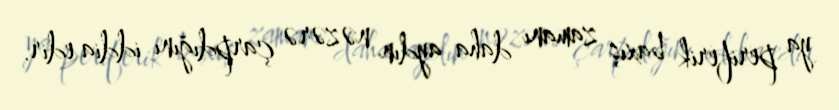
ya periferik baxış zamanı daha aydın nəzərə çarpdığını iddia edir.